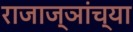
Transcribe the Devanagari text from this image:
राजाज्ञांच्या